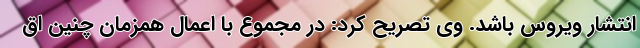
انتشار ویروس باشد. وی تصریح کرد: در مجموع با اعمال همزمان چنین اق